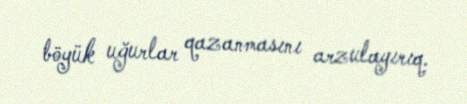
böyük uğurlar qazanmasını arzulayırıq.